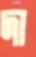
দা